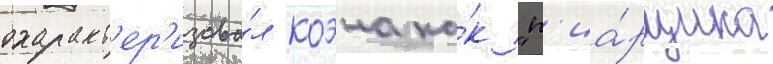
охаракт'ер'изова́л коэна ка́к "п'иа́рщика